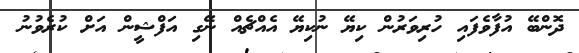
ދޮންބޭ އުފާވެފައި ހުރިވަރުން ކިޔޭ ނުކިޔޭ އެއްޗެއް ނޭގި އަފްޝީން އަށް ކުރެވުނު